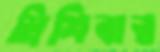
মিশিবার